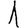
Digit: 1